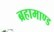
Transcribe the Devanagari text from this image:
ब्रहामाण्ड